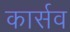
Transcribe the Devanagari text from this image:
कार्सव